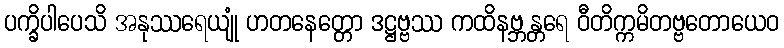
ပက္ခိပါပေသိ အနုဿရေယျုံ ဟတနေတ္တော ဒဋ္ဌဗ္ဗဿ ကထိနဗ္ဘန္တရေ ဝီတိက္ကမိတဗ္ဗတောယေဝ